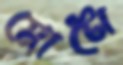
মোটো